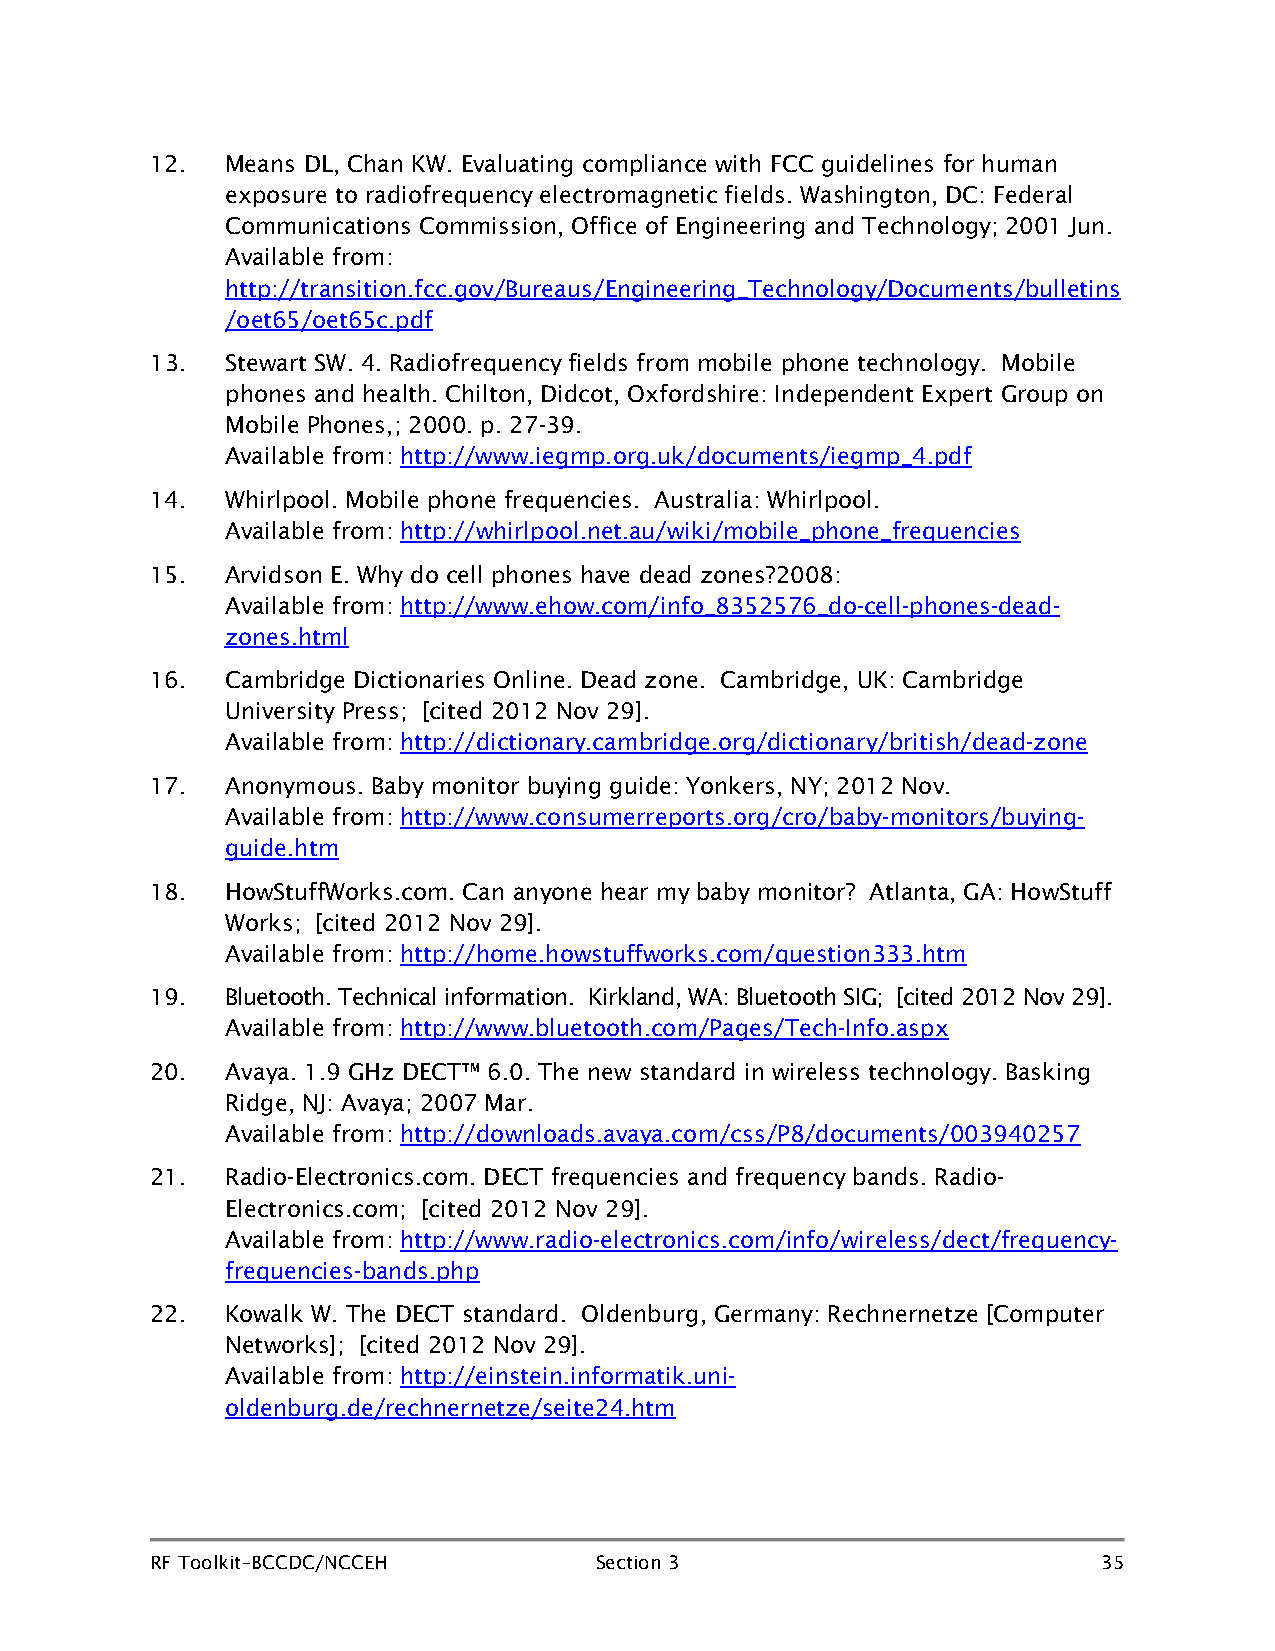
12.  Means DL, Chan KW. Evaluating compliance with FCC guidelines for human
 exposure to radiofrequency electromagnetic fields. Washington, DC: Federal
 Communications Commission, Office of Engineering and Technology; 2001 Jun.
 Available from:
 http://transition.fcc.gov/Bureaus/Engineering_Technology/Documents/bulletins
 /oet65/oet65c.pdf
 13.  Stewart SW. 4. Radiofrequency fields from mobile phone technology. Mobile
 phones and health. Chilton, Didcot, Oxfordshire: Independent Expert Group on
 Mobile Phones,; 2000. p. 27-39.
 Available from: http://www.iegmp.org.uk/documents/iegmp_4.pdf
 14.  Whirlpool. Mobile phone frequencies. Australia: Whirlpool.
 Available from: http://whirlpool.net.au/wiki/mobile_phone_frequencies
 15.  Arvidson E. Why do cell phones have dead zones?2008:
 Available from: http://www.ehow.com/info_8352576_do-cell-phones-dead-
 zones.html
 16.  Cambridge Dictionaries Online. Dead zone. Cambridge, UK: Cambridge
 University Press; [cited 2012 Nov 29].
 Available from: http://dictionary.cambridge.org/dictionary/british/dead-zone
 17.  Anonymous. Baby monitor buying guide: Yonkers, NY; 2012 Nov.
 Available from: http://www.consumerreports.org/cro/baby-monitors/buying-
 guide.htm
 18.  HowStuffWorks.com. Can anyone hear my baby monitor? Atlanta, GA: HowStuff
 Works; [cited 2012 Nov 29].
 Available from: http://home.howstuffworks.com/question333.htm
 19.  Bluetooth. Technical information. Kirkland, WA: Bluetooth SIG; [cited 2012 Nov 29].
 Available from: http://www.bluetooth.com/Pages/Tech-Info.aspx
 20.  Avaya. 1.9 GHz DECT™ 6.0. The new standard in wireless technology. Basking
 Ridge, NJ: Avaya; 2007 Mar.
 Available from: http://downloads.avaya.com/css/P8/documents/003940257
 21.  Radio-Electronics.com. DECT frequencies and frequency bands. Radio-
 Electronics.com; [cited 2012 Nov 29].
 Available from: http://www.radio-electronics.com/info/wireless/dect/frequency-
 frequencies-bands.php
 22.  Kowalk W. The DECT standard. Oldenburg, Germany: Rechnernetze [Computer
 Networks]; [cited 2012 Nov 29].
 Available from: http://einstein.informatik.uni-
 oldenburg.de/rechnernetze/seite24.htm
 RF Toolkit–BCCDC/NCCEH       Section 3                         35